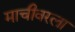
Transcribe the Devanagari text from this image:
माचीवरला